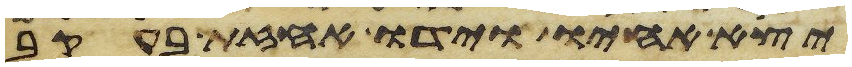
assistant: יצא אחיו וידו אחזת בעקב